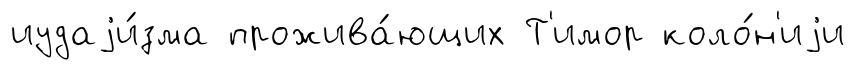
иудаjи́зма прожива́ющих Т'имор коло́н'иjи